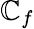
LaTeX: \mathbb{C}_{f}